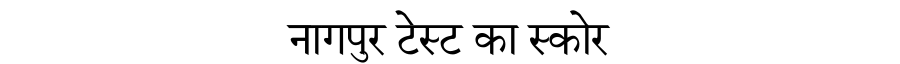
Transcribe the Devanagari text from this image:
नागपुर टेस्ट का स्कोर